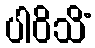
ပါဝိသိံ